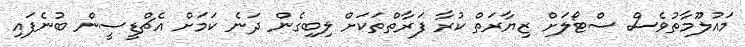
މައުލޫމާތުވެސް ސްޓޯލަށް ޒިޔާރަތް ކުރާ ފަރާތްތަކަށް ލިބިގެން ދަނެ ކަމަށް އެޗްޑީސީން ބުނެފައި